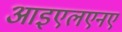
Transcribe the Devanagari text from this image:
आइएलएनए